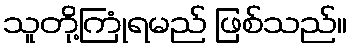
သူတို့ကြုံရမည် ဖြစ်သည်။